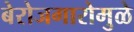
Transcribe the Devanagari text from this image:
बेरोजगारोमुळे